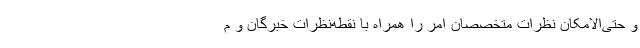
و حتی‌الامکان نظرات متخصصان امر را همراه با نقطه‌نظرات خبرگان و م